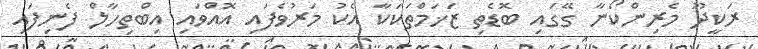
ރަކީދޫ މެރިންކޯނާ ގޭގައި ބޮޑެތި ޒަޚަމްތަކަކާ އެކު މަރުވެފައި އޮއްވައި އިބްތިހާލް ފެނިފައި